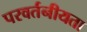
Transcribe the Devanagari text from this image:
परवर्तनीयता